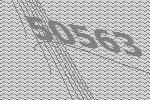
50563